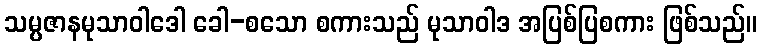
သမ္ပဇာနမုသာဝါဒေါ ခေါ-စသော စကားသည် မုသာဝါဒ အပြစ်ပြစကား ဖြစ်သည်။